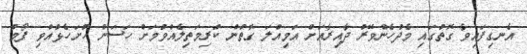
އެނގިފައިވާ ގޮތުގައި މެދުހެންވޭރު ދާއިރާއަށް އަމިއްލަ ގޮތުން ކުރިމަތިލެއްވުމަށް ހަސަން ހުށަހެޅުއްވި ފޯމު